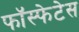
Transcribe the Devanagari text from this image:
फॉस्फेटेस